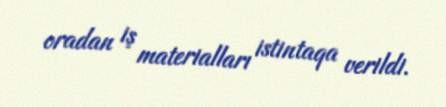
oradan iş materialları istintaqa verildi.